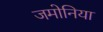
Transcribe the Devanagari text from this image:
जमोनिया